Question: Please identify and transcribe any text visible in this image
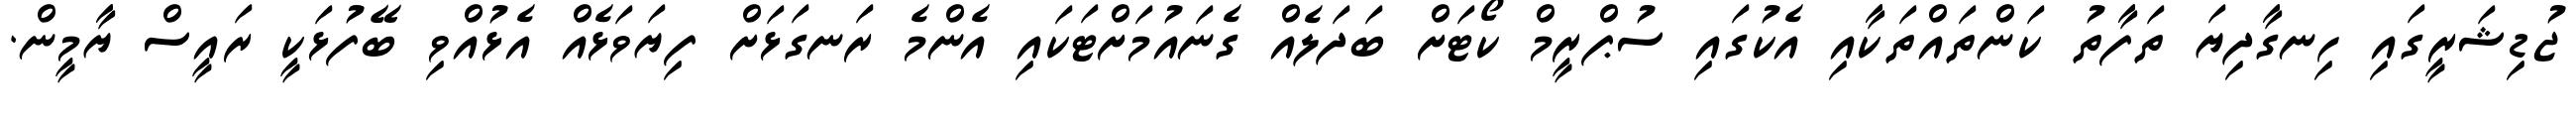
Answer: ޖުޑިޝަރީގައި ހިނގާދިޔަ ތަފާތު ކަންތައްތަކާއި އެކުގައި ސުޕްރީމް ކޯޓަށް ބަދަލެއް ގެނައުމަށްޓަކައި އެންމެ ރަނގަޅަށް ފިޔަވަޅެއް އެޅުއްވި ބޭފުޅަކީ ރައީސް ޔާމީން.